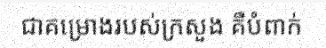
ជាគម្រោងរបស់ក្រសួង គឺបំពាក់